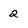
Character: 2